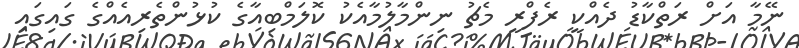
ނޭމާ އަށް ރަތްކާޑު ދެއްކީ ރެފްރީ މެޗު ނިންމާލުމާއެކު ކޮލަމްބިއާގެ ކުޅުންތެރިއެއްގެ ގައިގައި